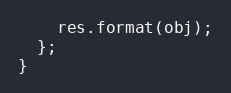
Language: JavaScript
    res.format(obj);
  };
}